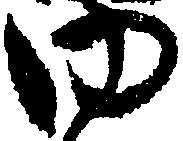
ゆ